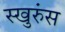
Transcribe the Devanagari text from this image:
स्खुरुंस